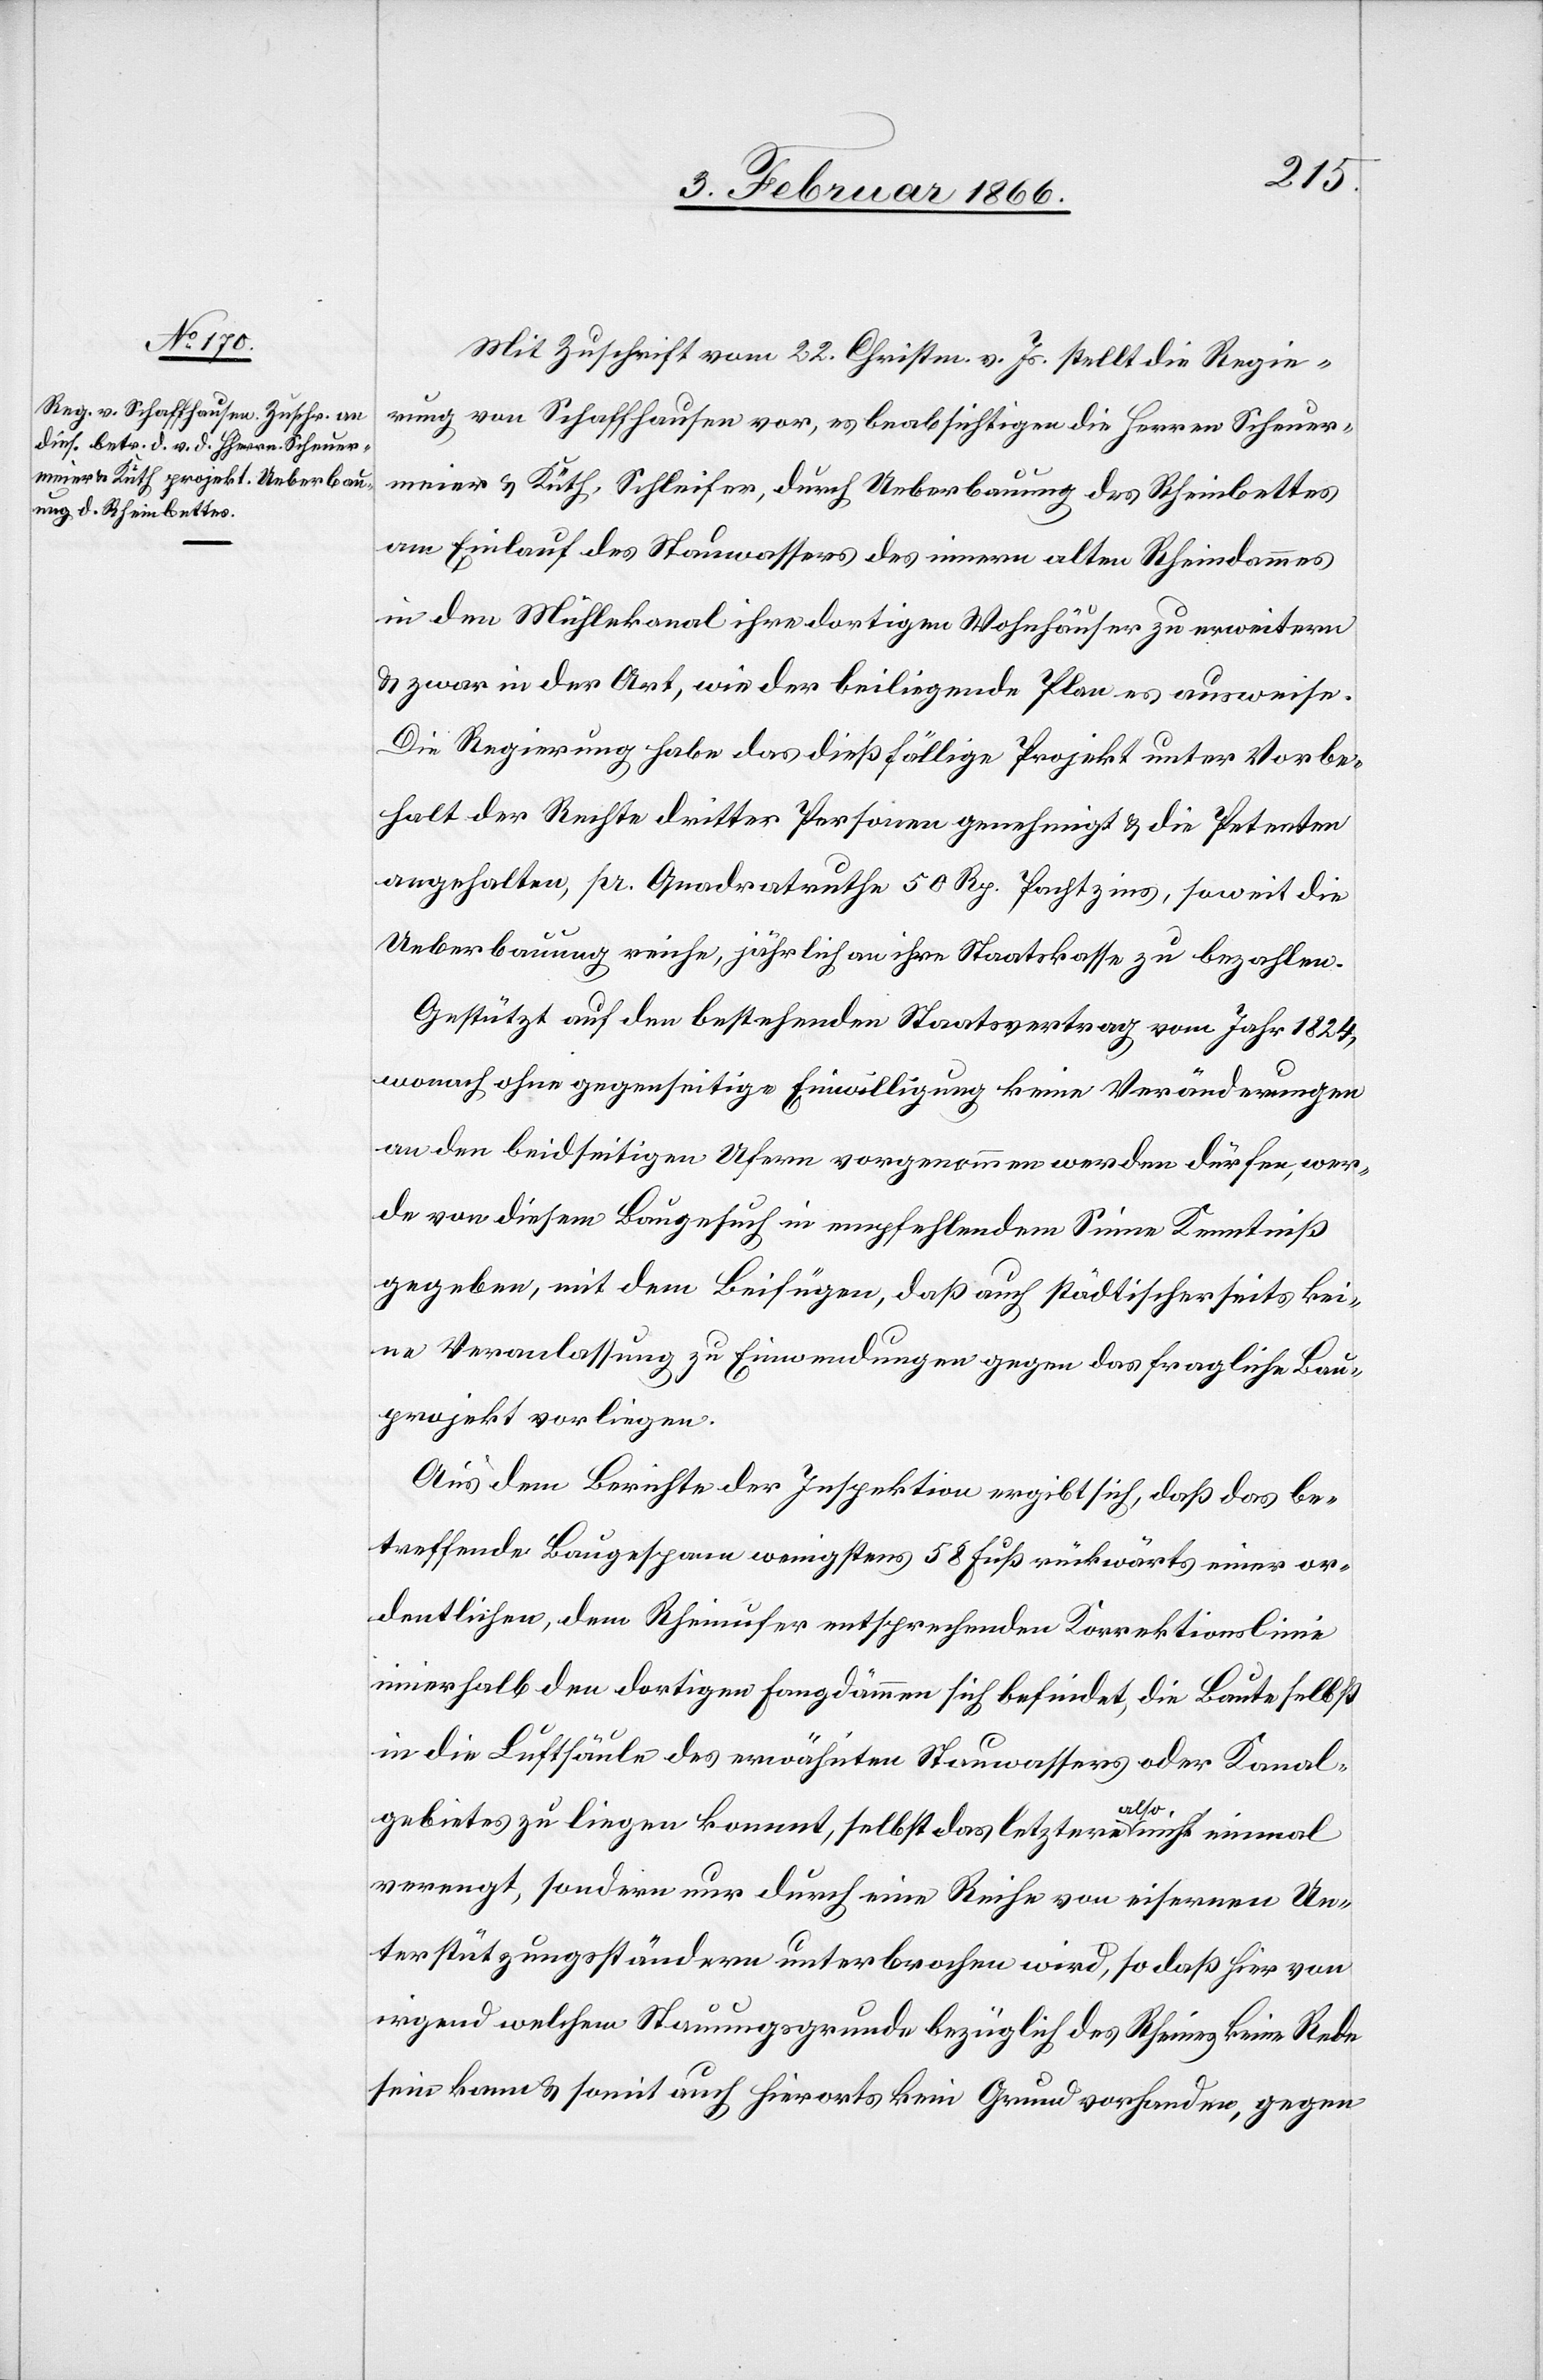
Mit Zuschrift vom 22. Christm. v. Js. stellt die Regie¬
rung von Schaffhausen vor, es beabsichtigen die Herrn Scheuer¬
meier u. Rüth, Schleifer, durch Ueberbauung des Rheinbettes
am Einlauf des Stauwassers des innern alten Rheindammes
in den Mühlekanal ihre dortigen Wohnhäuser zu erweitern
u. zwar in der Art, wie der beiliegende Plan es ausweise.
Die Regierung habe das dießfällige Projekt unter Vorbe¬
halt der Rechte dritter Personen genehmigt u. die Petenten
angehalten, pr. Quadratruthe 50 Rp. Pachtzins, soweit die
Ueberbauung reiche, jährlich an ihre Staatskasse zu bezahlen.
Gestützt auf den bestehenden Staatsvertrag vom Jahr 1824,
wonach ohne gegenseitige Einwilligung keine Veränderungen
an den beidseitigen Ufern vorgenommen werden dürfen, wer¬
de von diesem Baugesuch in empfehlendem Sinne Kenntniß
gegeben, mit dem Beifügen, daß auch städtischerseits kei¬
ne Veranlassung zu Einwendungen gegen das fragliche Bau¬
projekt vorliegen.
Aus dem Berichte der Inspektion ergibt sich, daß das be¬
treffende Baugespann wenigstens 58 Fuß rückwärts einer or¬
dentlichen, dem Rheinufer entsprechenden Korrektionslinie
innerhalb den dortigen Fangdämmen sich befindet, die Baute selbst
in die Luftsäule des erwähnten Stauwassers oder Kanal¬
gebietes zu liegen kommt, selbst das letztere also nicht einmal
verengt, sondern nur durch eine Reihe von eisernen Un¬
terstützungsständern unterbrochen wird, so daß hier von
irgend welchen Stauungsgrunde bezüglich des Rheines keine Rede
sein kann u. somit auch hierorts kein Grund vorhanden, gegen